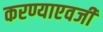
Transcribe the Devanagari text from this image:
करण्याएवजी